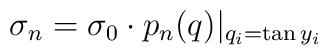
\sigma_n = \sigma_0 \cdot p_n(q)|_{q_i = \tan y_i}